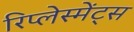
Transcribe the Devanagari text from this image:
रिप्लेस्मेंट्स